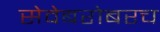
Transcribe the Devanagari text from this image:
सेवेबरोबरच